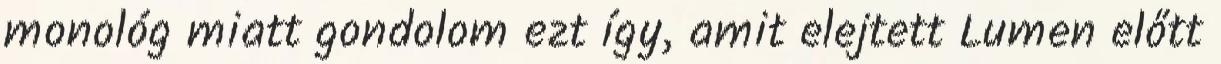
monológ miatt gondolom ezt így, amit elejtett Lumen előtt